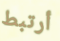
أرتبط